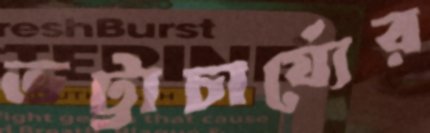
ভট্টাচার্য্যের